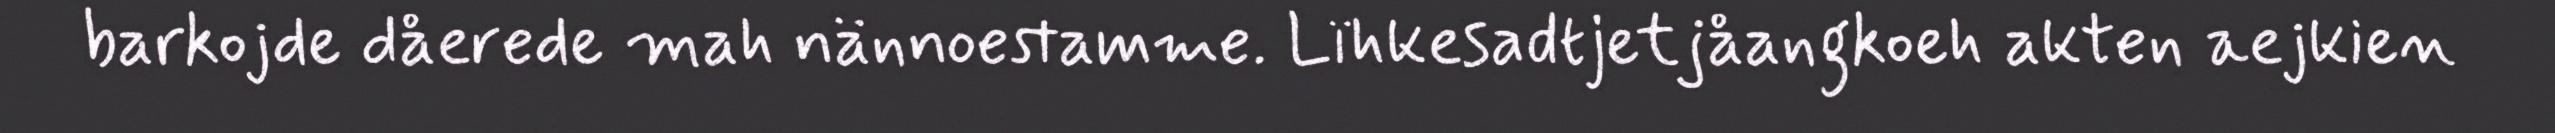
barkojde dåerede mah nännoestamme. Lïhkesadtjetjåangkoeh akten aejkien